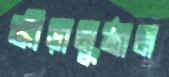
ক্রীড়ানুষ্ঠান